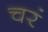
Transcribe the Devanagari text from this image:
चरं